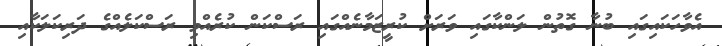
އެވާހަކައިގައި ބުނާ ގޮތުން ލަންކާގައި ވަރަށް ކުރީޒަމާނެއްގައި ރަސްކަން ކުރެއްވި ރަސްކަލެެއްގެ ދަރިކަލަކާއި